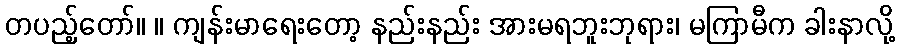
တပည့်တော်။ ။ ကျန်းမာရေးတော့ နည်းနည်း အားမရဘူးဘုရား၊ မကြာမီက ခါးနာလို့